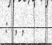
: